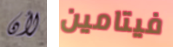
لأن فيتامين